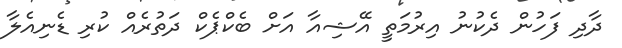
ދާދި ފަހުން ދެކުނު އިރުމަތީ އޭޝިއާ އަށް ބެކްޕެކް ދަތުރެއް ކުރި ޑެނިއެލާ